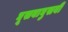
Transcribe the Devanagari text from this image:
घूसवाघुसवी